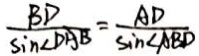
\frac { B D } { \sin \angle D A B } = \frac { A D } { \sin \angle A B D }